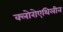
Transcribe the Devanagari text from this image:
क्लोरोएथिलीन